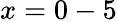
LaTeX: x=0-5